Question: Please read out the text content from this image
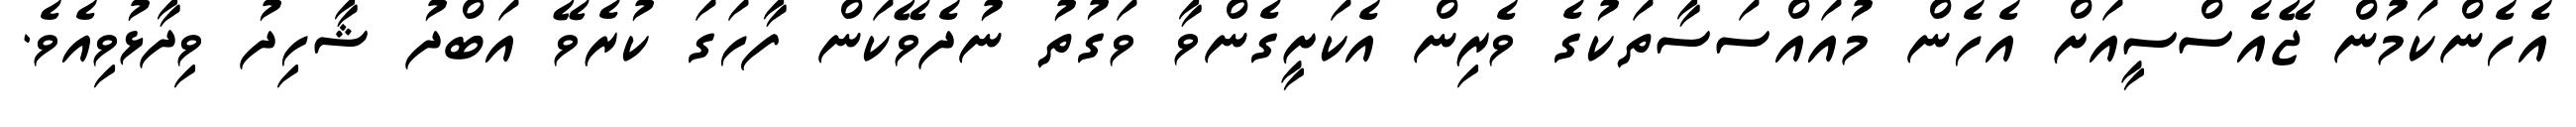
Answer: އެހެންކަމުން ޖޭއެސްސީއަށް އެހެން މުއައްސަސާތަކުގެ ވެރިން އެކަށީގެންވާ ވަގުތު ނުދެވޭކަން ފާހަގަ ކުރެވޭ އަބްދު ޝާހިދު ވިދާޅުވިއެވެ.